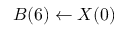
B ( 6 ) \leftarrow X ( 0 )